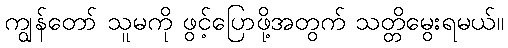
ကျွန်တော် သူမကို ဖွင့်ပြောဖို့အတွက် သတ္တိမွေးရမယ်။